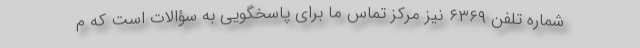
شماره تلفن ۶۳۶۹ نیز مرکز تماس ما برای پاسخگویی به سؤالات است که م